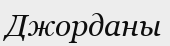
Джорданы